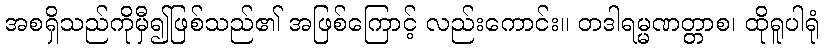
အစရှိသည်ကိုမှီ၍ဖြစ်သည်၏ အဖြစ်ကြောင့် လည်းကောင်း။ တဒါရမ္မဏတ္တာစ၊ ထိုရူပါရုံ